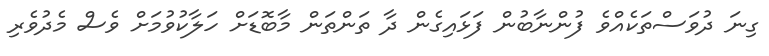
ގިނަ ދުވަސްތަކެއްވެ ފުންނާބުން ފަޅައިގެން ދާ ތަންތަން މާބޮޑަށް ހަލާކުވުމަށް ވެސް މެދުވެރި